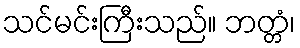
သင်မင်းကြီးသည်။ ဘတ္တံ၊